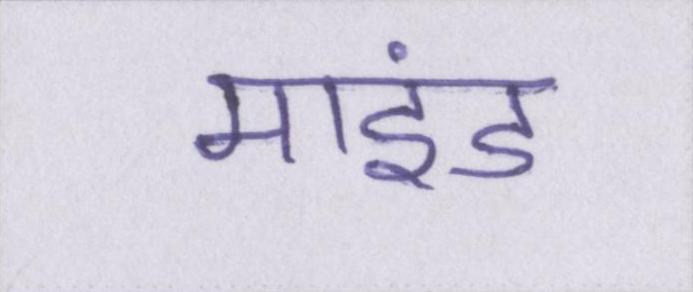
माइंड